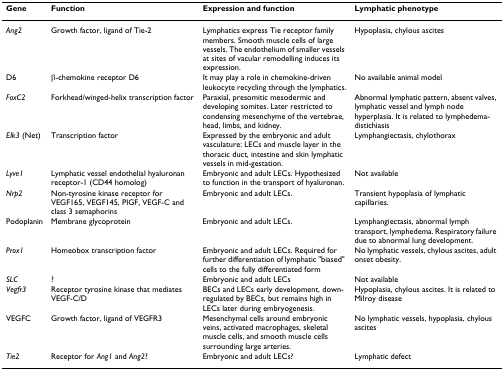
<table><thead><tr><td><b>Gene</b></td><td><b>Function</b></td><td><b>Expression and function</b></td><td><b>Lymphatic phenotype</b></td></tr></thead><tbody><tr><td><i>Ang2</i></td><td>Growth factor, ligand of Tie-2</td><td>Lymphatics express Tie receptor family members. Smooth muscle cells of large vessels. The endothelium of smaller vessels at sites of vacular remodelling induces its expression.</td><td>Hypoplasia, chylous ascites</td></tr><tr><td>D6</td><td><b>β</b>-chemokine receptor D6</td><td>It may play a role in chemokine-driven leukocyte recycling through the lymphatics.</td><td>No available animal model</td></tr><tr><td><i>FoxC2</i></td><td>Forkhead/winged-helix transcription factor</td><td>Paraxial, presomitic mesodermic and developing somites. Later restricted to condensing mesenchyme of the vertebrae, head, limbs, and kidney.</td><td>Abnormal lymphatic pattern, absent valves, lymphatic vessel and lymph node hyperplasia. It is related to lymphedema-distichiasis</td></tr><tr><td><i>Elk3 </i>(Net)</td><td>Transcription factor</td><td>Expressed by the embryonic and adult vasculature: LECs and muscle layer in the thoracic duct, intestine and skin lymphatic vessels in mid-gestation.</td><td>Lymphangiectasis, chylothorax</td></tr><tr><td><i>Lyve1</i></td><td>Lymphatic vessel endothelial hyaluronan receptor-1 (CD44 homolog)</td><td>Embryonic and adult LECs. Hypothesized to function in the transport of hyaluronan.</td><td>Not available</td></tr><tr><td><i>Nrp2</i></td><td>Non-tyrosine kinase receptor for VEGF165, VEGF145, PIGF, VEGF-C and class 3 semaphorins</td><td>Embryonic and adult LECs.</td><td>Transient hypoplasia of lymphatic capillaries.</td></tr><tr><td>Podoplanin</td><td>Membrane glycoprotein</td><td>Embryonic and adult LECs.</td><td>Lymphangiectasis, abnormal lymph transport, lymphedema. Respiratory failure due to abnormal lung development.</td></tr><tr><td><i>Prox1</i></td><td>Homeobox transcription factor</td><td>Embryonic and adult LECs. Required for further differentiation of lymphatic &quot;biased&quot; cells to the fully differentiated form</td><td>No lymphatic vessels, chylous ascites, adult onset obesity.</td></tr><tr><td><i>SLC</i></td><td>?</td><td>Embryonic and adult LECs</td><td>Not available</td></tr><tr><td><i>Vegfr3</i></td><td>Receptor tyrosine kinase that mediates VEGF-C/D</td><td>BECs and LECs early development, down-regulated by BECs, but remains high in LECs later during embryogenesis.</td><td>Hypoplasia, chylous ascites. It is related to Milroy disease</td></tr><tr><td>VEGFC</td><td>Growth factor, ligand of VEGFR3</td><td>Mesenchymal cells around embryonic veins, activated macrophages, skeletal muscle cells, and smooth muscle cells surrounding large arteries.</td><td>No lymphatic vessels, hypoplasia, chylous ascites</td></tr><tr><td><i>Tie2</i></td><td>Receptor for <i>Ang1 </i>and <i>Ang2</i>?</td><td>Embryonic and adult LECs?</td><td>Lymphatic defect</td></tr></tbody></table>